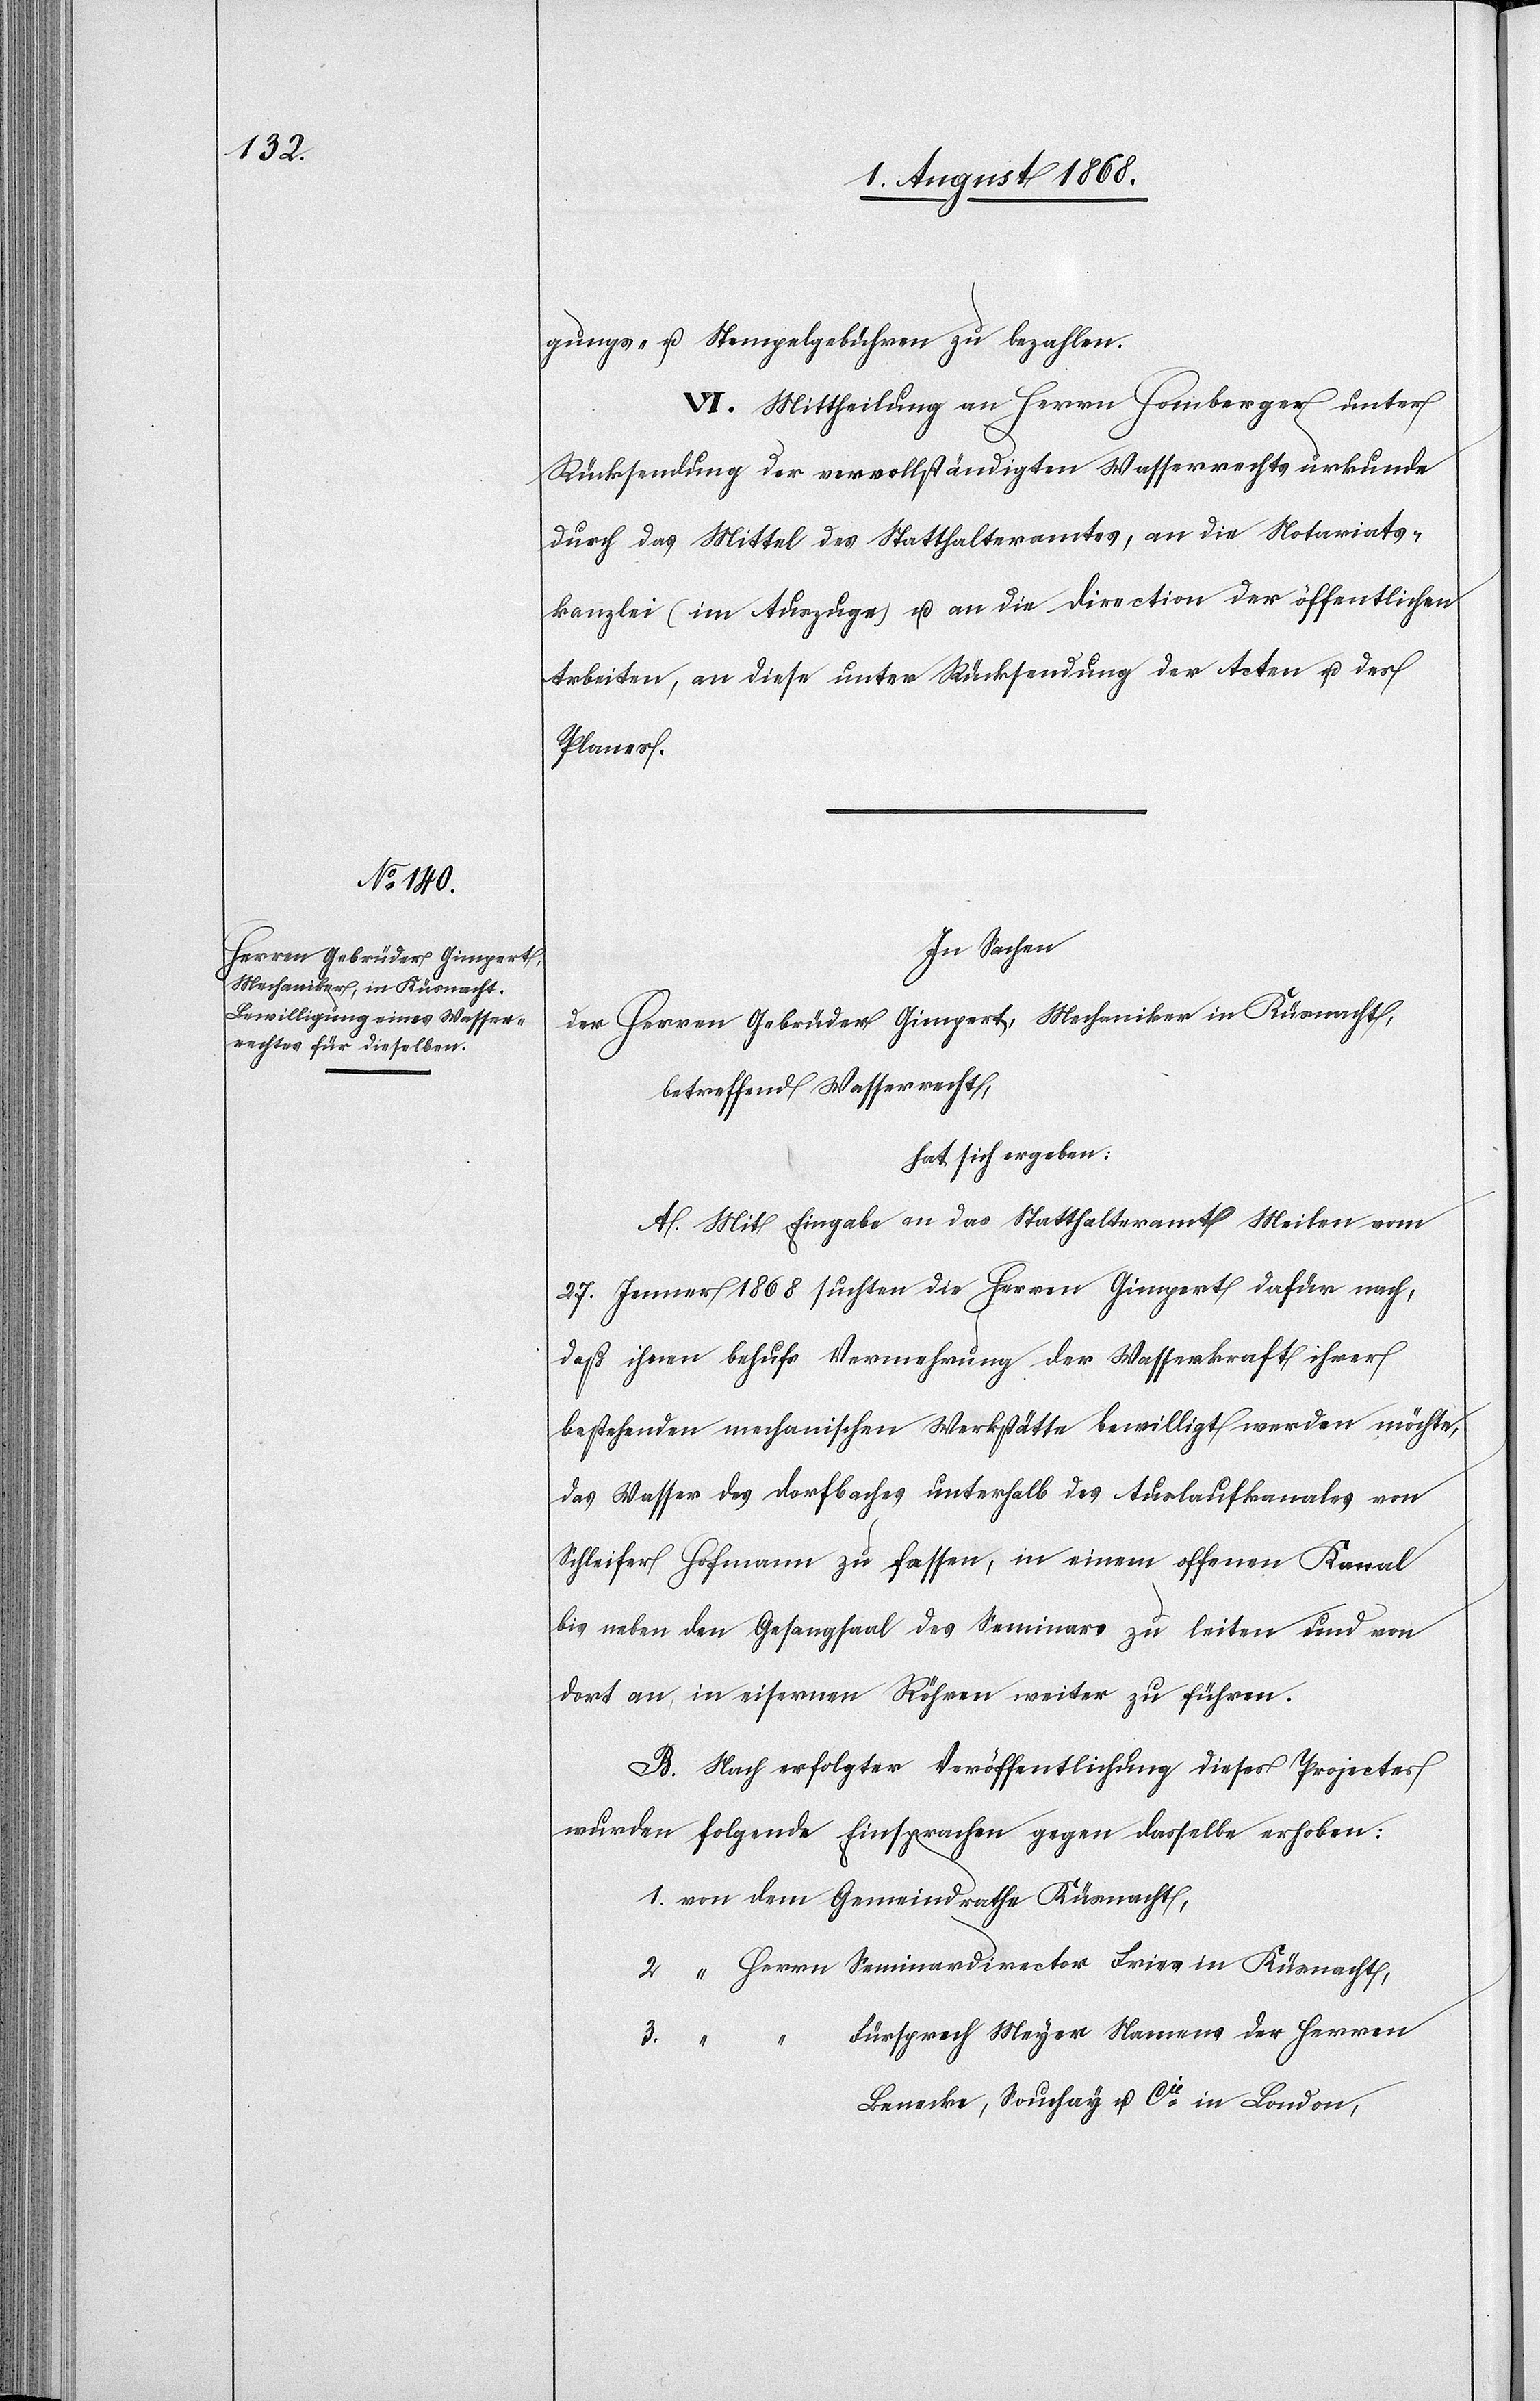
gungs- u. Stempelgebühren zu bezahlen.
VI. Mittheilung an Herrn Homberger unter
Rücksendung der vervollständigten Wasserrechtsurkunde
durch das Mittel des Statthalteramtes, an die Notariats¬
kanzlei (im Auszuge) u. an die Direction der öffentlichen
Arbeiten, an diese unter Rücksendung der Acten u. des
Planes.
In Sachen
der Herren Gebrüder Gimpert, Mechaniker in Küsnacht,
betreffend Wasserrecht,
hat sich ergeben:
A. Mit Eingabe an das Statthalteramt Meilen vom
27. Jenner 1868 suchten die Herren Gimpert dafür nach,
daß ihnen behufs Vermehrung der Wasserkraft ihrer
bestehenden mechanischen Werkstätte bewilligt werden möchte,
das Wasser des Dorfbaches unterhalb des Auslaufkanales von
Schleifer Hofmann zu fassen, in einem offenen Kanal
bis neben den Gesangsaal des Seminars zu leiten und von
dort an, in eisernen Röhren weiter zu führen.
B. Nach erfolgter Veröffentlichung dieses Projectes
wurden folgende Einsprachen gegen dasselbe erhoben:
von dem Gemeindrathe Küsnacht,
“ Herrn Seminardirector Fries in Küsnacht,
Fürsprech Meyer Namens der Herren
Benecke, Souchay u. Cie in London,